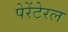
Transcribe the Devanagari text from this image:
पेरेंटेरल